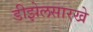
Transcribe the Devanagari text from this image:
डीझेलसारखे